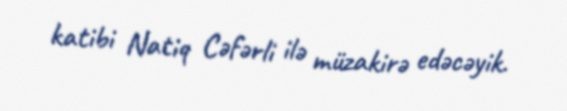
katibi Natiq Cəfərli ilə müzakirə edəcəyik.